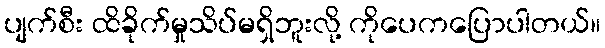
ပျက်စီး ထိခိုက်မှုသိပ်မရှိဘူးလို့ ကိုပေကပြောပါတယ်။